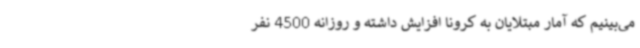
می‌بینیم که آمار مبتلایان به کرونا افزایش داشته و روزانه 4500 نفر